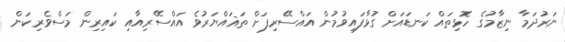
ނަރުދަމާ ނިޒާމުގެ ހޮޅިތައް ކަނޑައަށް ގުޅާފައިވުމުން އައްސޭރިފަށް ތަޣައްޔަރުވެ އައްސޭރިއާއި ކައިރިން މަސްވެރިކަން